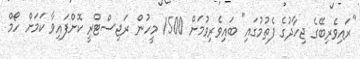
"ރައިވެރިބޭގެ ޖިހާދުގެ ފެތުމުގައި" ބައިވެރިވުމަށް 1500 މީހުން ރަޖިސްޓްރީ ކޮށްފައިވާ ކަމަށް ހޯމް